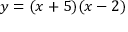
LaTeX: y = ( x + 5 ) ( x - 2 )